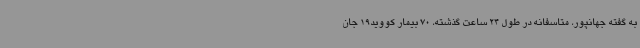
به گفته جهانپور، متاسفانه در طول 24 ساعت گذشته، 70 بیمار کووید19 جان